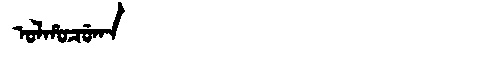
Manchu: ᠣᠯᡥᠣᠴᡠᡴᠠ
Romanization: OLHOCUKA